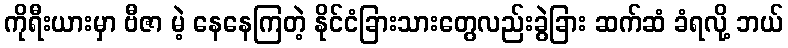
ကိုရီးယားမှာ ဗီဇာ မဲ့ နေနေကြတဲ့ နိုင်ငံခြားသားတွေလည်းခွဲခြား ဆက်ဆံ ခံရလို့ ဘယ်